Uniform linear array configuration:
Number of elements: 4
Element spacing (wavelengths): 1
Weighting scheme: exponential
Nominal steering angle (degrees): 30
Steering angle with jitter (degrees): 31.315
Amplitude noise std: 0.05
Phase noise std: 0.05

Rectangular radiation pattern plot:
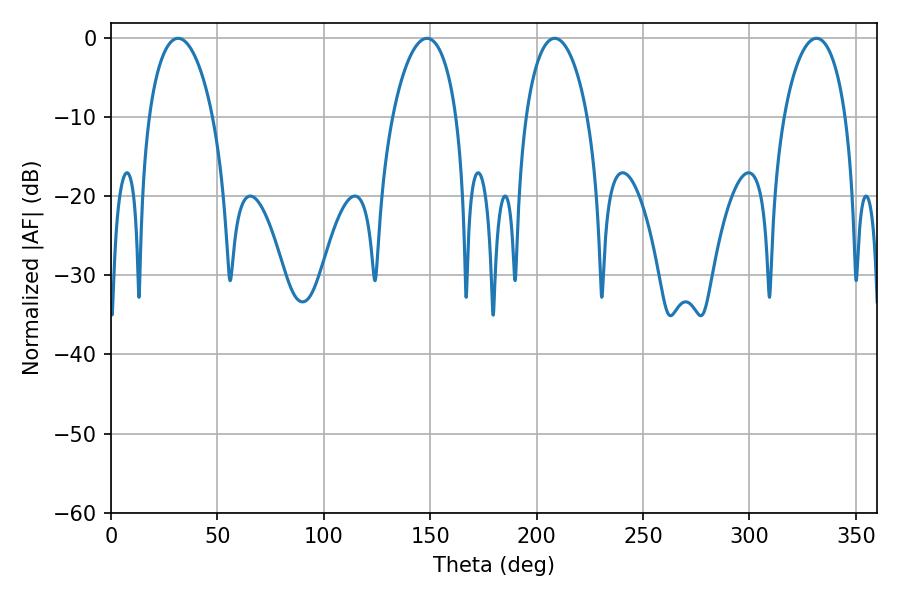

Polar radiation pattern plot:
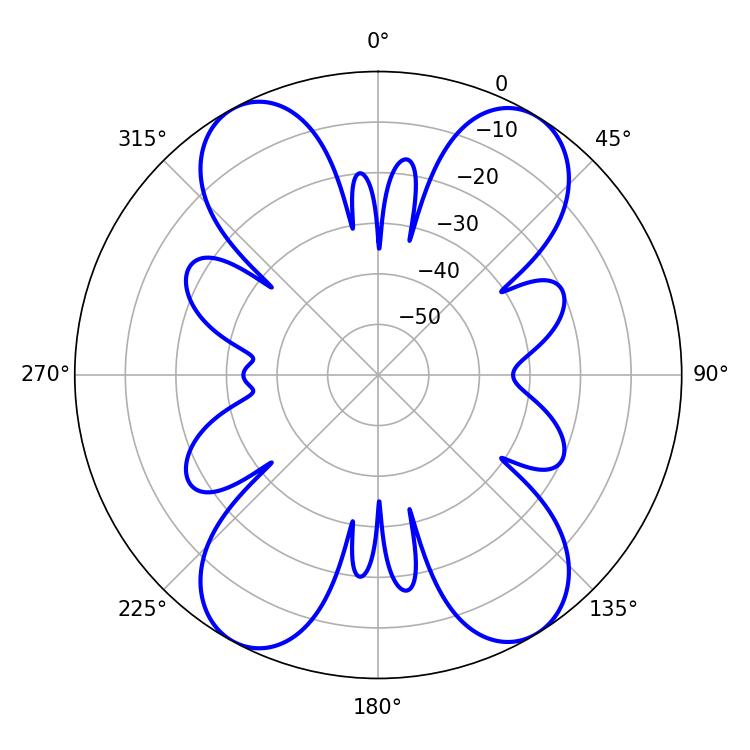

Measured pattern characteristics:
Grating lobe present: TRUE
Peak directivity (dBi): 17.315
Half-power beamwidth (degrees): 17.1
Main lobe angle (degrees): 31.5